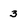
Character: 3